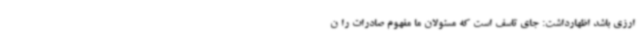
ارزی باشد اظهارداشت: جای تاسف است که مسئولان ما مفهوم صادرات را ن